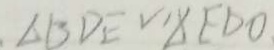
\Delta B D E V , \Delta E D O